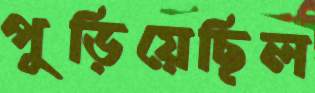
পুড়িয়েছিল